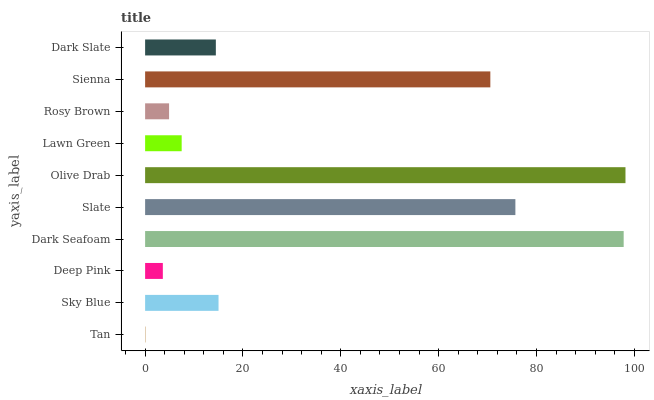
| yaxis_label | bars |
 | --- | --- |
 | Tan | 0.132 |
 | Sky Blue | 15 |
 | Deep Pink | 3.62 |
 | Dark Seafoam | 97.8 |
 | Slate | 75.7 |
 | Olive Drab | 98.2 |
 | Lawn Green | 7.47 |
 | Rosy Brown | 4.9 |
 | Sienna | 70.6 |
 | Dark Slate | 14.5 |